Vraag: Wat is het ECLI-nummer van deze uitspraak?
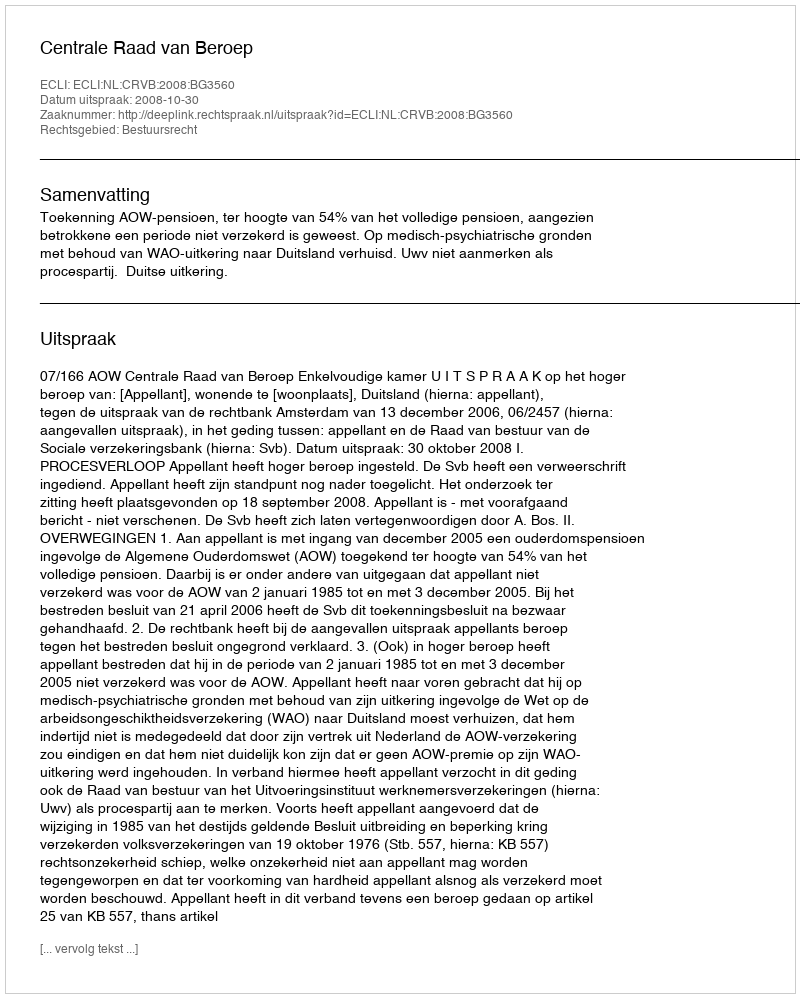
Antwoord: ECLI:NL:CRVB:2008:BG3560